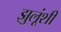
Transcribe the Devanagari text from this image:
झुलूंशी